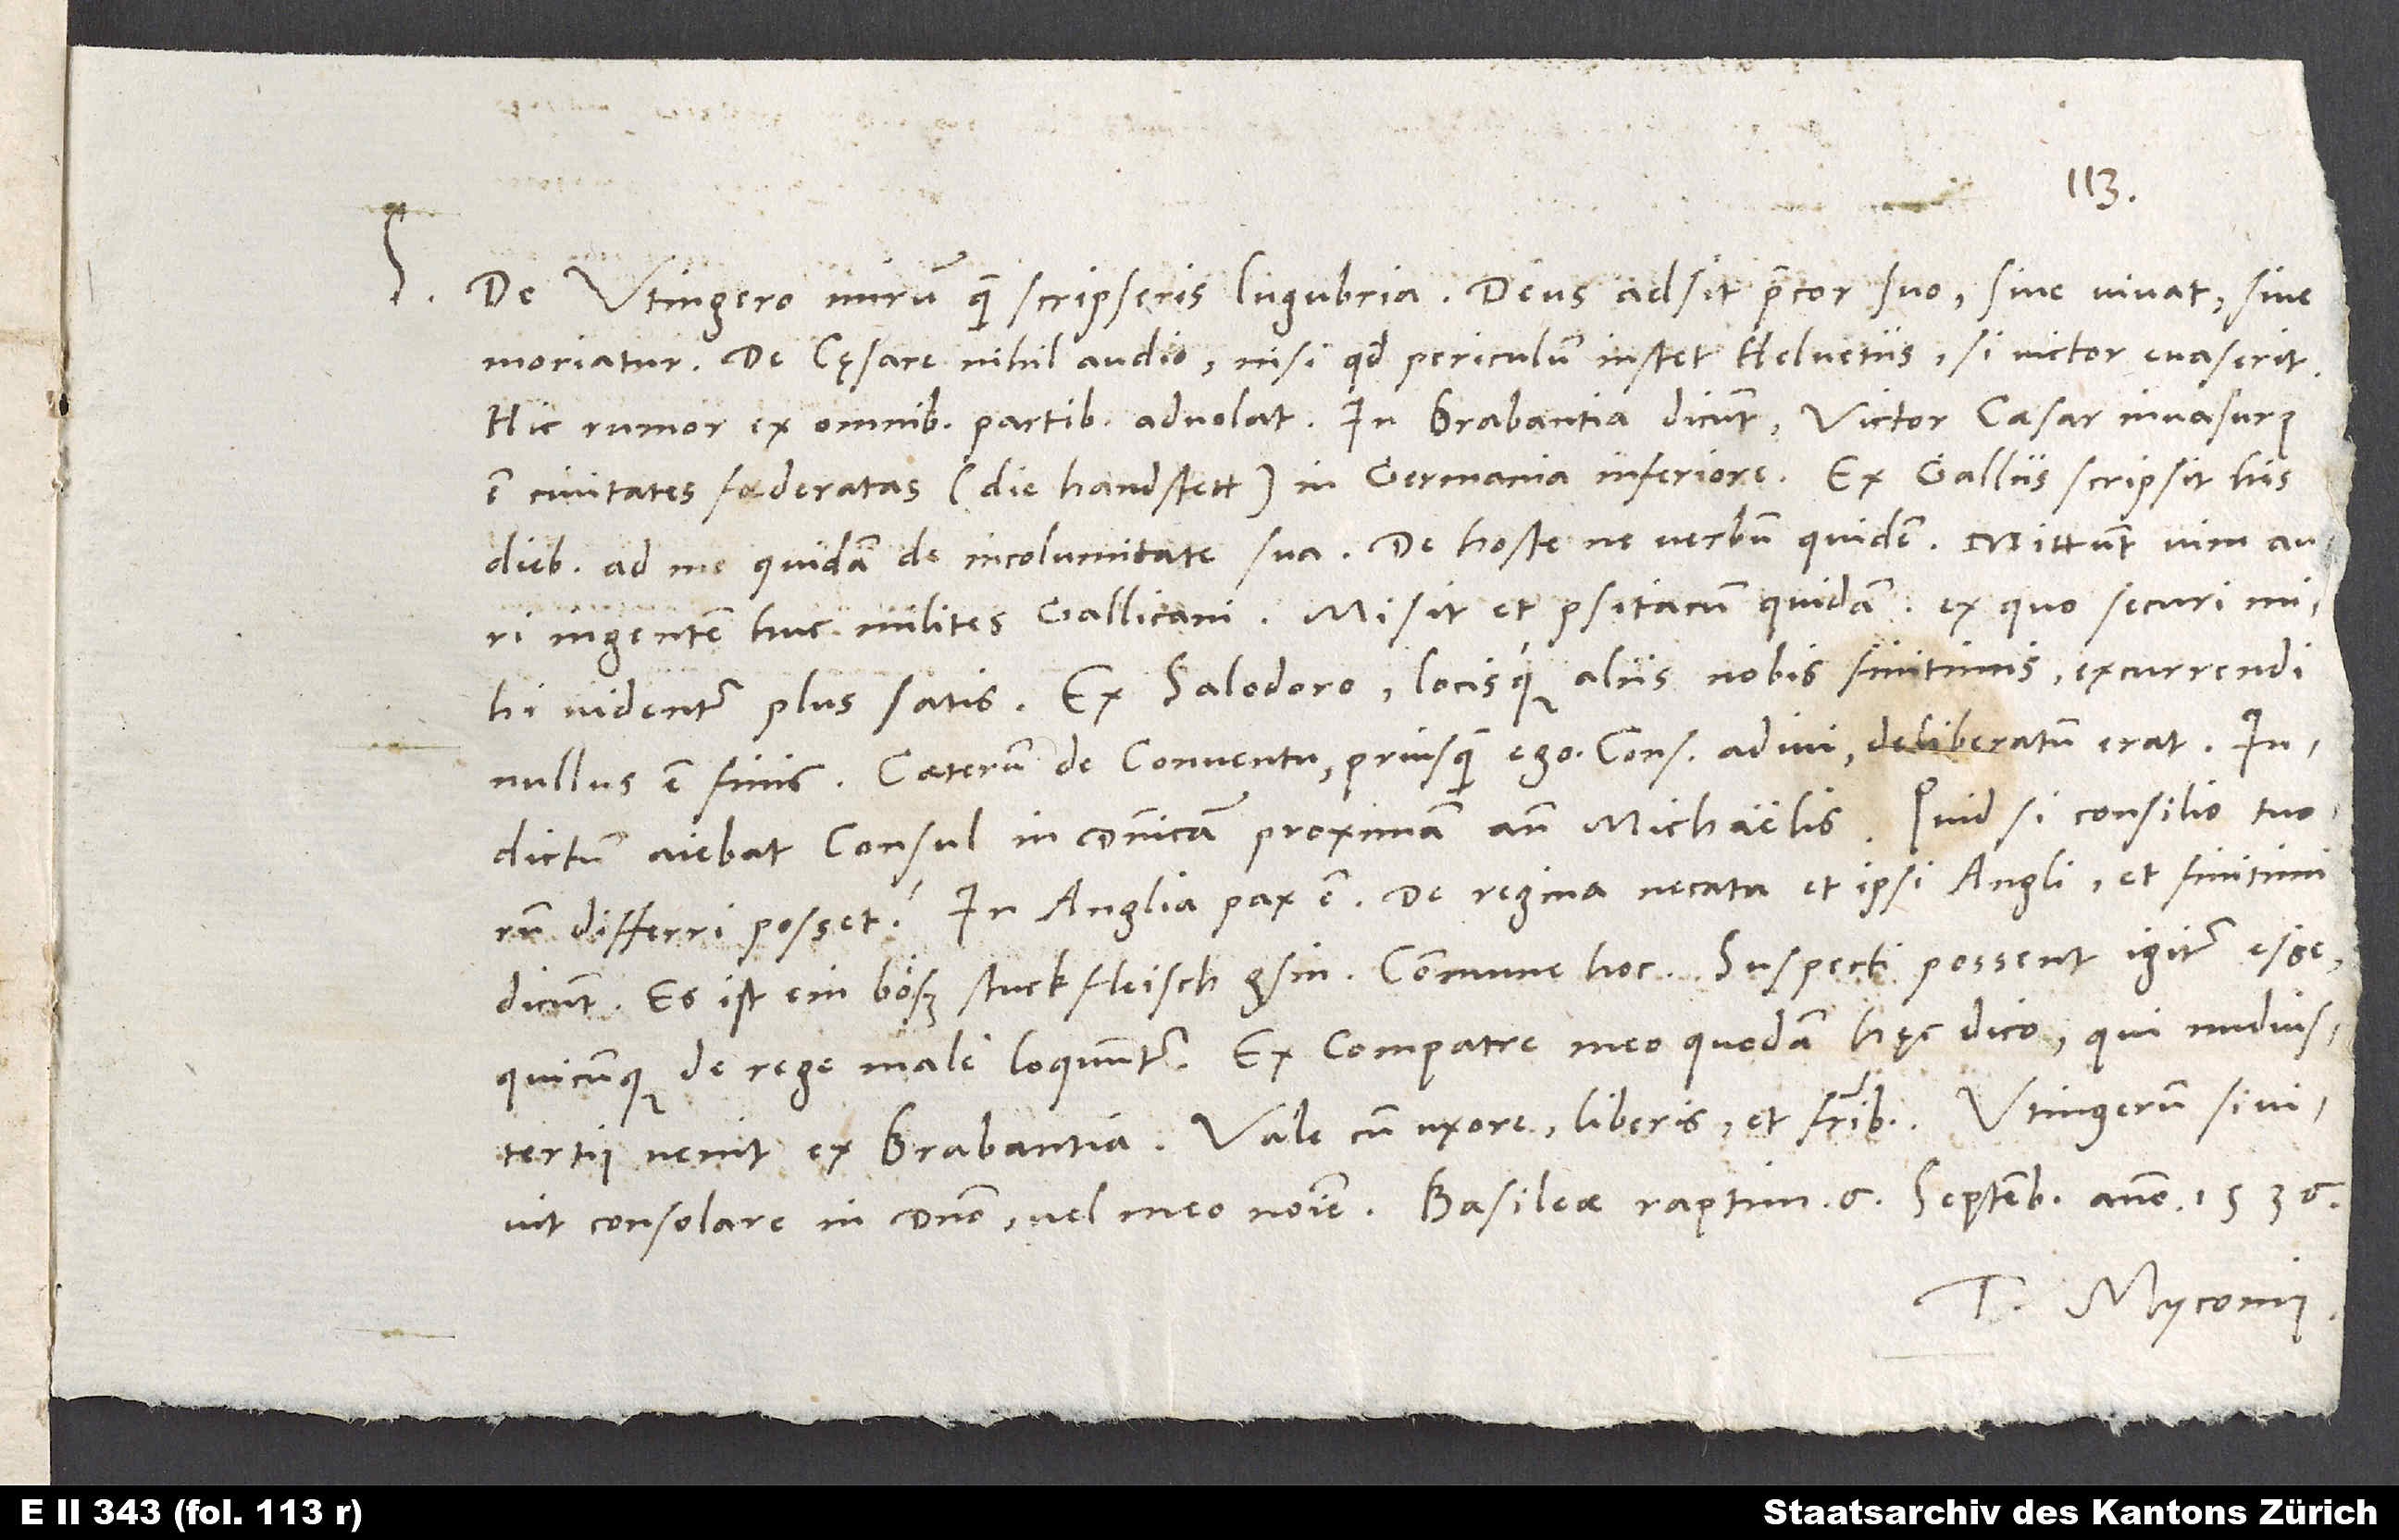
S.

De Utingero minim, quam scripseris lugubria. Deus adsit, precor, suo, sive vivat sive
De cęsare nihil audio, nisi quod periculum instet Helvetiis, si victor evasent.
Hic rumor ex omnibus partibus advolat. In Brabantia dicunt: Victor caesar invasurus
est civitates foederatas (die handstett) in Germania Inferiore. Ex Gallus scripsit his
diebus ad me quidam de incolumitate sua; de hoste ne verbum quidem. Mittunt vim auri
ingentem huc milites Gallicani. Misit et psitacum quidam. Ex quo securi mihi
videntur plus satis. Ex Salodoro locisque aliis nobis finitimis excurrendi
Caeterum de conventu, priusquam ego consulem adivi, deliberatum erat.
Indictum aiebat consul in dominicam proximam ante Michaelis. Quid, si consilio tuorum
dicunt: "Es ist ein böß stuck fleisch gsin." Commune hoc. Suspecti possent igitur esse,
quicunque de rege male loquuntur. Ex compatre meo quodam hęc dico, qui nudiustertius
Tuus Myconius.